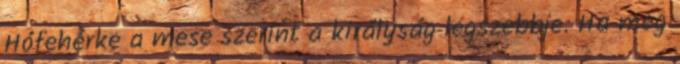
Hófehérke a mese szerint a királyság legszebbje. Ha meg